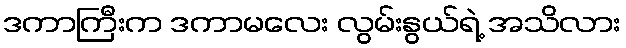
ဒကာကြီးက ဒကာမလေး လွမ်းနွယ်ရဲ့ အသိလား